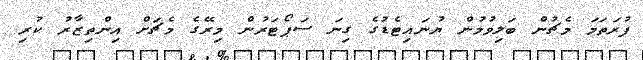
ފުރަތަމަ މެޗުން ބަލިވުމުން ޔުނައިޓެޑުގެ ގިނަ ސަޕޯޓަރުން މިރޭގެ މެޗަށް އިންތިޒާރު ކުރި